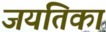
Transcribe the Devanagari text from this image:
जयंतिका